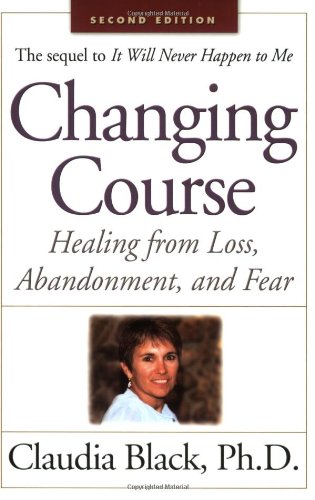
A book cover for Changing Course: Healing from Loss, Abandonment and Fear; Claudia Black Ph.D.; Self-Help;